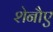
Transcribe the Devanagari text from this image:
शेनौए